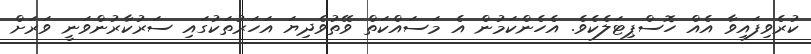
ކުރެވިފައިވާ އެއް ހޮސްޕިޓަލެކެވެ. އެހެންކަމުން އެ މަސައްކަތް ވޭތުވެދިޔަ އަހަރުތަކުގައި ސަރުކާރުންވަނީ ވަރަށް